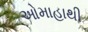
ઓમાહાથી